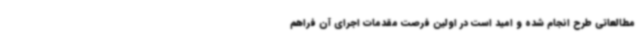
مطالعاتی طرح انجام شده و امید است در اولین فرصت مقدمات اجرای آن فراهم